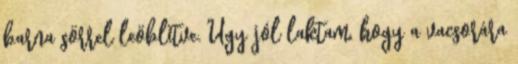
barna sörrel leöblítve. Úgy jól laktam, hogy a vacsorára